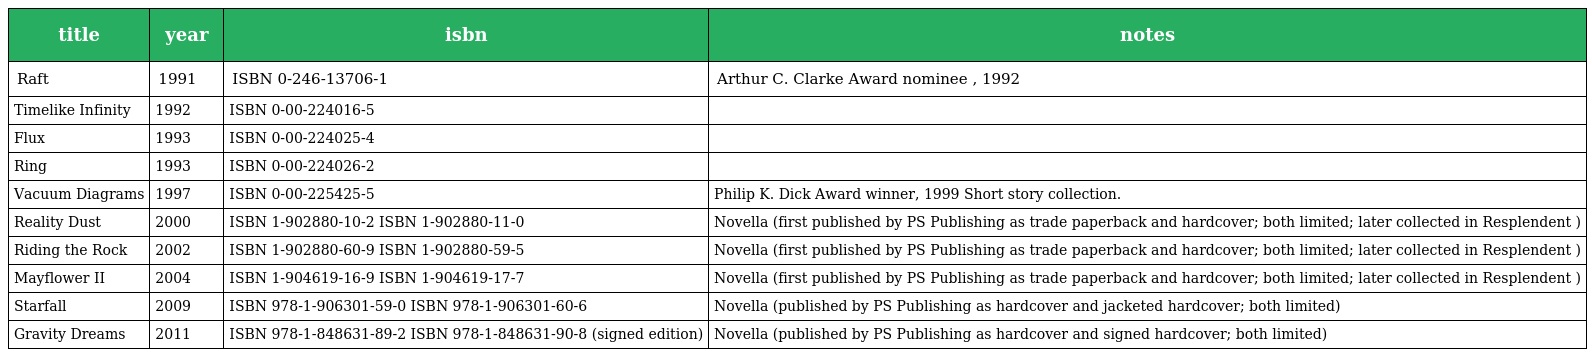
| title | year | isbn | notes |
 | --- | --- | --- | --- |
 | Raft | 1991 | ISBN 0-246-13706-1 | Arthur C. Clarke Award nominee , 1992 |
 | Timelike Infinity | 1992 | ISBN 0-00-224016-5 |  |
 | Flux | 1993 | ISBN 0-00-224025-4 |  |
 | Ring | 1993 | ISBN 0-00-224026-2 |  |
 | Vacuum Diagrams | 1997 | ISBN 0-00-225425-5 | Philip K. Dick Award winner, 1999 Short story collection. |
 | Reality Dust | 2000 | ISBN 1-902880-10-2 ISBN 1-902880-11-0 | Novella (first published by PS Publishing as trade paperback and hardcover; both limited; later collected in Resplendent ) |
 | Riding the Rock | 2002 | ISBN 1-902880-60-9 ISBN 1-902880-59-5 | Novella (first published by PS Publishing as trade paperback and hardcover; both limited; later collected in Resplendent ) |
 | Mayflower II | 2004 | ISBN 1-904619-16-9 ISBN 1-904619-17-7 | Novella (first published by PS Publishing as trade paperback and hardcover; both limited; later collected in Resplendent ) |
 | Starfall | 2009 | ISBN 978-1-906301-59-0 ISBN 978-1-906301-60-6 | Novella (published by PS Publishing as hardcover and jacketed hardcover; both limited) |
 | Gravity Dreams | 2011 | ISBN 978-1-848631-89-2 ISBN 978-1-848631-90-8 (signed edition) | Novella (published by PS Publishing as hardcover and signed hardcover; both limited) |